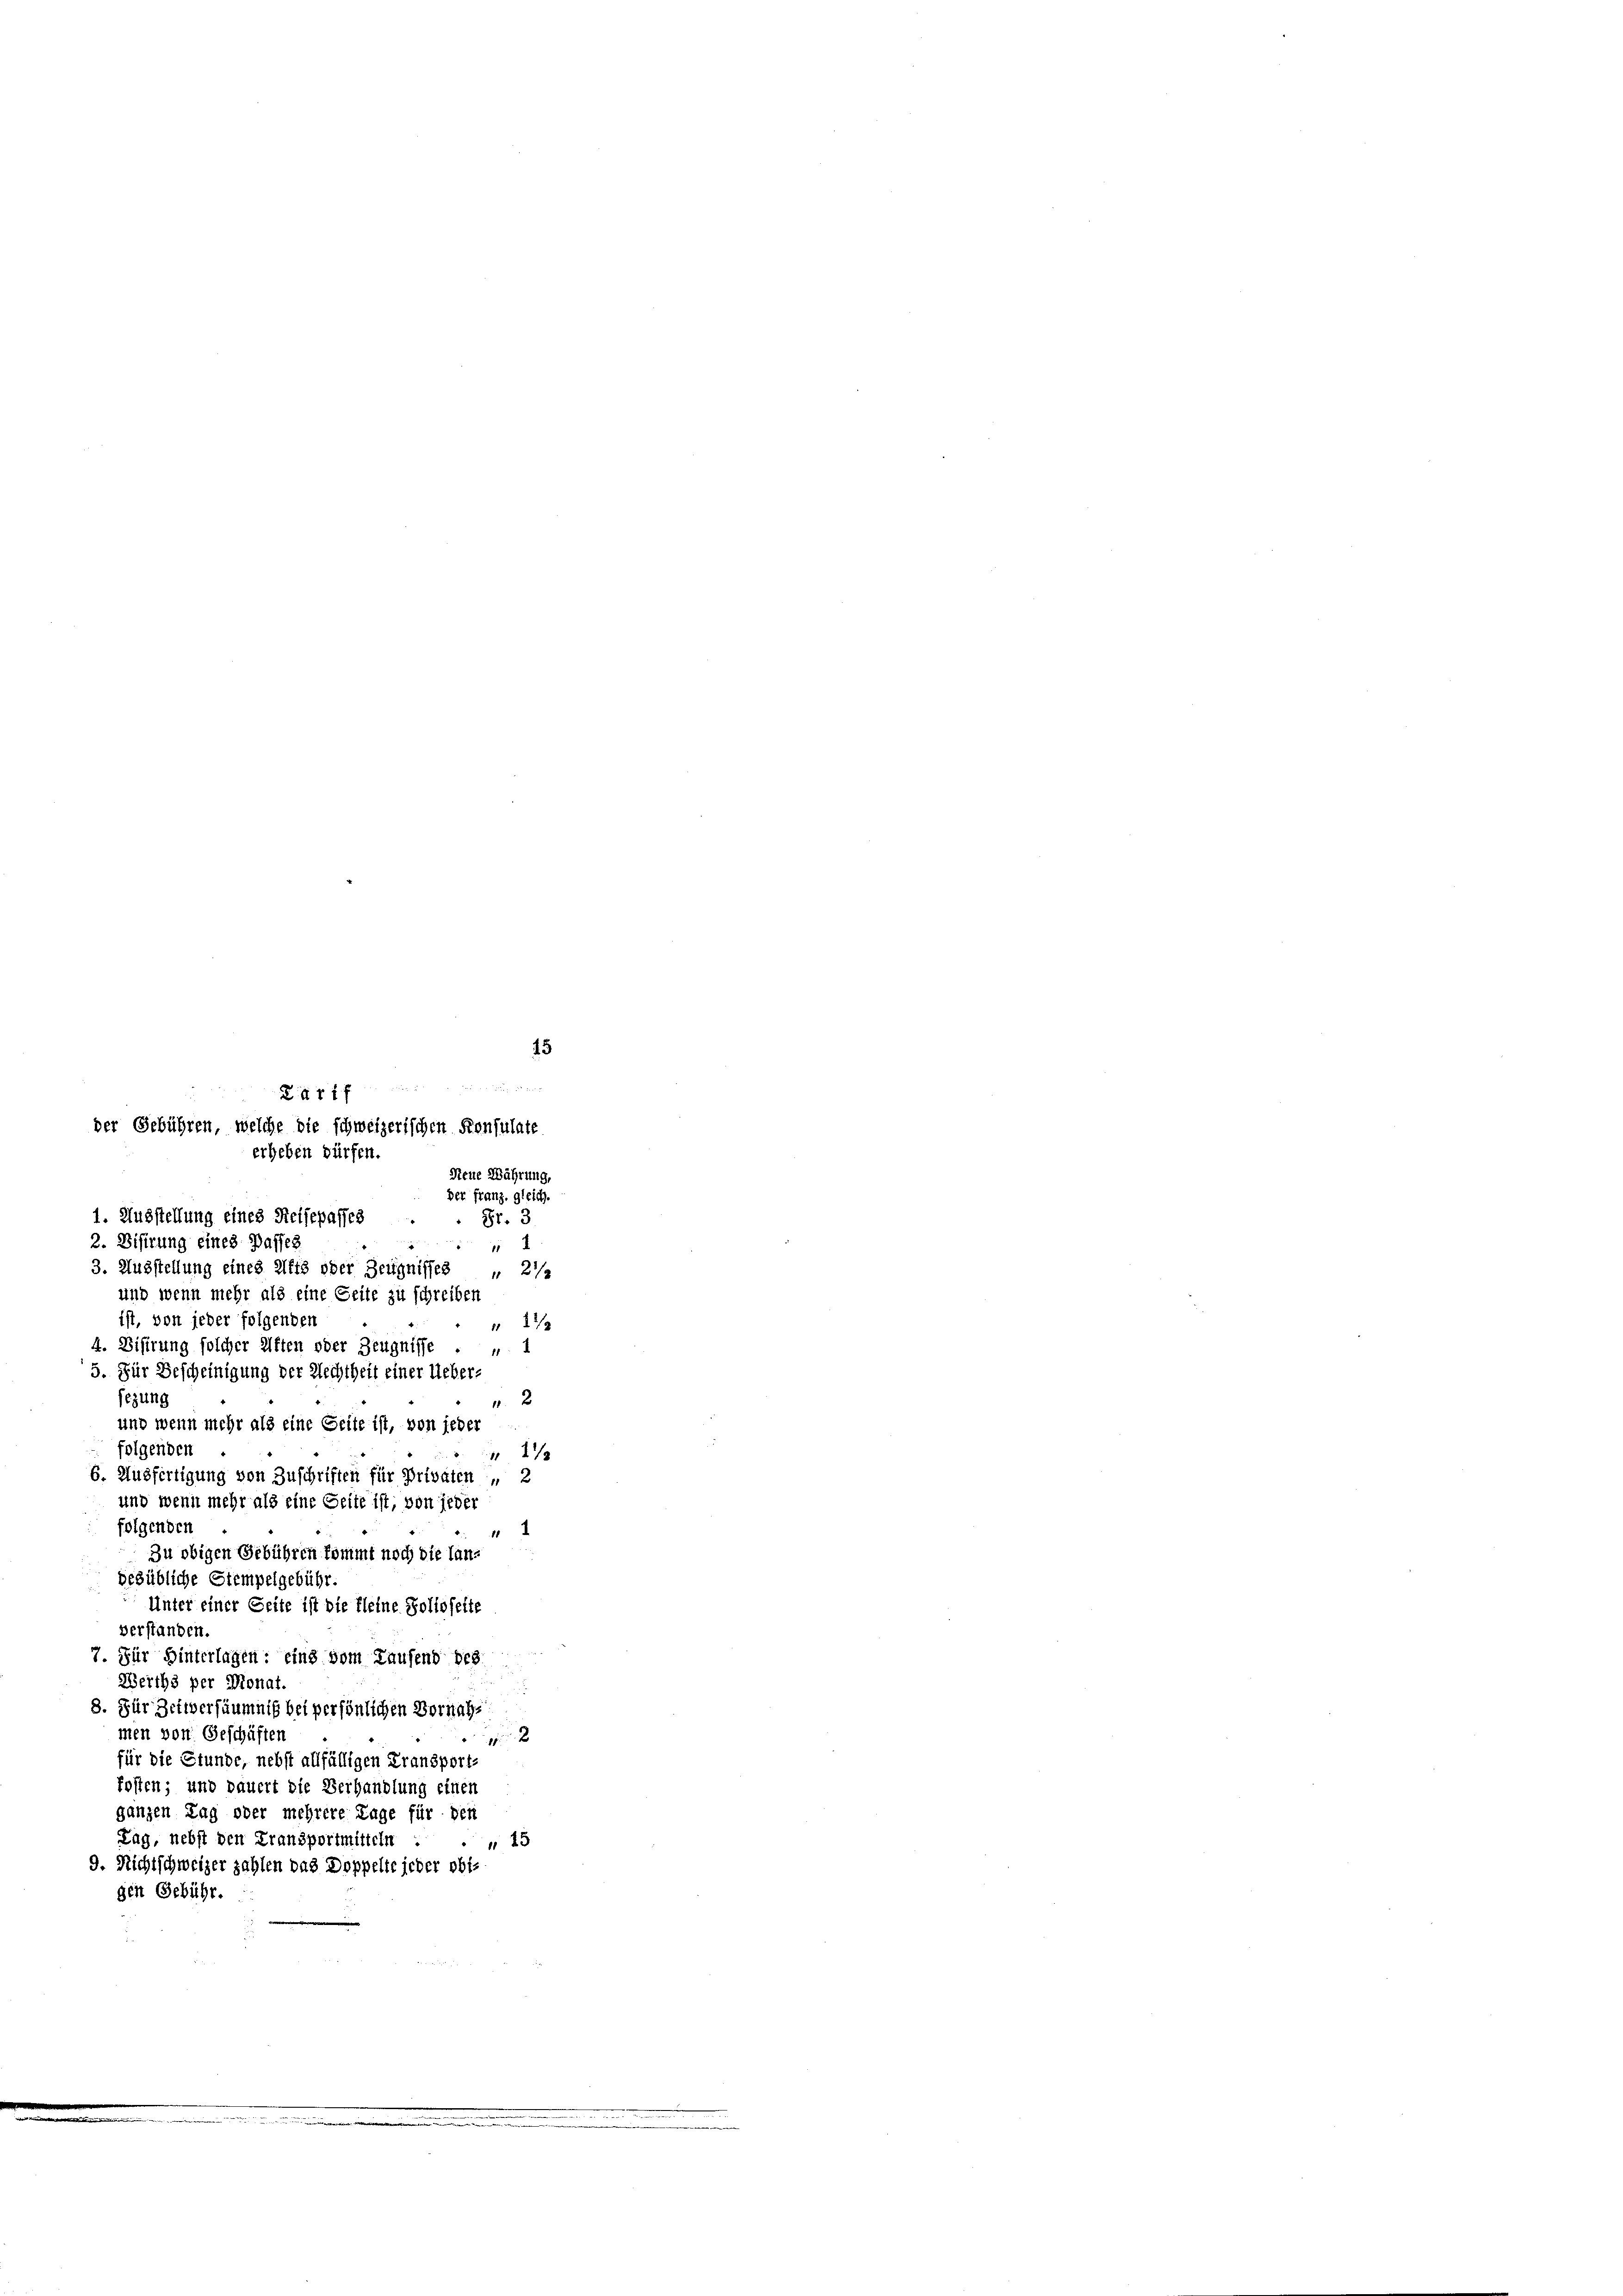
45

erheben dürfen.
Neue Währung
der franz, gleich.
1. Ausstellung eines Reisepasses
Fr. 3
2. Bisirung eines Passes
2
3. Ausstellung eines Affs oder Zeugnisses
 2 1/2

der Gebühren, welche die schweizerischen Konsulate

igg in eine einen den

und wenn mehr als eine Seite zu schreiben
ist, von jeder folgenden
 273
4. Bisirung solcher Aften oder Zeugnisse . . 1
5. Für Bescheinigung der Rechtheit einer Ueber-
sezung
2
und wenn mehr als eine Seite ist, von jeder
folgenden
2/
6. Ausfertigung von Zuschriften für Privaten , 2
und wenn mehr als eine Seite ist, von jeder
folgenden
4
zu obigen Gebühren kommt noch die landesübliche Stempelgebühr.
Unter einer Seite ist die Kleine Solioseite
verstanden
7. Für Hinterlagen: eins vom Laufend des
Werths per Monat.
8. Für Zeitversäumniß bei persönlichen Vornahmen von Geschäften
2
für die Stunde, nebst allfälligen Fransport-
kosten; und dauert die Verhandlung einen
ganzen Tag oder mehrere Lage für den
Tag, nebst den Fransportmitteln
15
9. Nichtschweizer zahlen das Doppelte jeder obi-
gen Gebühr.

mnen